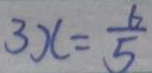
3 x = \frac { 6 } { 5 }